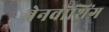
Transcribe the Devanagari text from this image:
ब्रेनवॉशिंग